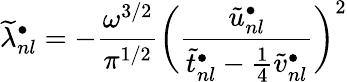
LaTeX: \widetilde\lambda_{nl}^{\bullet}=-\frac{\omega^{3/2}}{\pi^{1/2}}\biggl(\frac{\tilde{u}_{nl}^{\bullet}}{\tilde{t}_{nl}^{\bullet}-\frac{1}{4}\tilde{v}_{nl}^{\bullet}}\biggr)^{2}